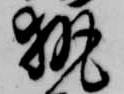
執